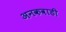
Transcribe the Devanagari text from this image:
अनकवाडी